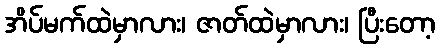
အိပ်မက်ထဲမှာလား၊ ဇာတ်ထဲမှာလား၊ ပြီးတော့